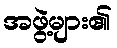
အဖွဲ့များ၏